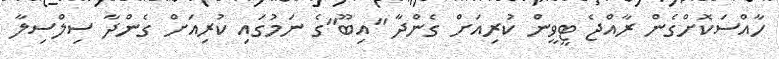
ހާއްސަކޮށްގެން ރާއްޖެ ޓީވީން ކުރިއަށް ގެންދާ "އިބޫ"ގެ ނަމުގައި ކުރިއަށް ގެންދާ ސިލްސިލާ